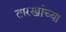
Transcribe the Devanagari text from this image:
तारखांच्या